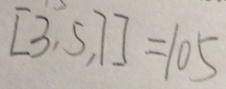
[ 3 , 5 , 7 ] = 1 0 5